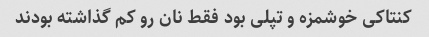
کنتاکی خوشمزه و تپلی بود فقط نان رو کم گذاشته بودند